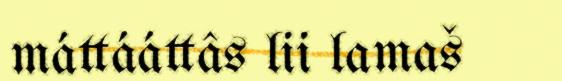
máttááttâs lii lamaš